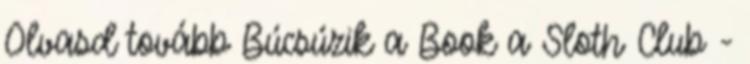
Olvasd tovább Búcsúzik a Book a Sloth Club -